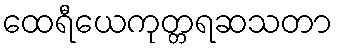
ထေရီယေကုတ္တရဆသတာ